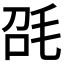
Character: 𣬸